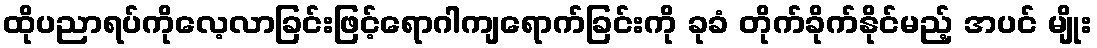
ထိုပညာရပ်ကိုလေ့လာခြင်းဖြင့်ရောဂါကျရောက်ခြင်းကို ခုခံ တိုက်ခိုက်နိုင်မည့် အပင် မျိုး